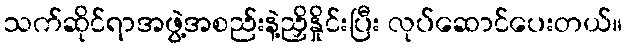
သက်ဆိုင်ရာအဖွဲ့အစည်းနဲ့ညှိနှိုင်းပြီး လုပ်ဆောင်ပေးတယ်။